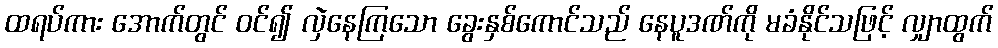
ထရပ်ကား အောက်တွင် ဝင်၍ လှဲနေကြသော ခွေးနှစ်ကောင်သည် နေပူဒဏ်ကို မခံနိုင်သဖြင့် လျှာထွက်